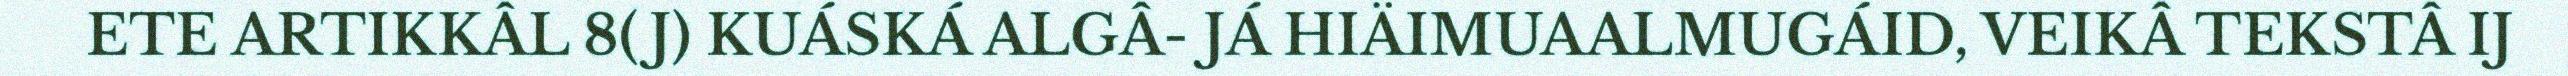
ETE ARTIKKÂL 8(J) KUÁSKÁ ALGÂ- JÁ HIÄIMUAALMUGÁID, VEIKÂ TEKSTÂ IJ